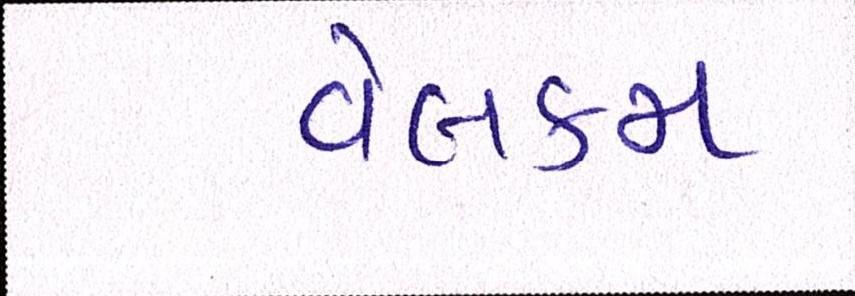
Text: વેલકમ